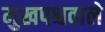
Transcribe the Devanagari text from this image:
मुखपश्चवाले